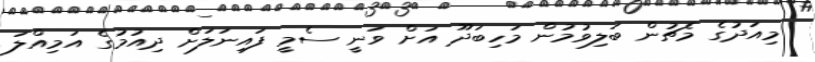
މިއަދުގެ މެޗުން ބަލިވުުމުން މަހިބަދޫ އަށް ވަނީ ސެމީ ފައިނަލަށް ދިއުމުގެ އަމިއްލަ